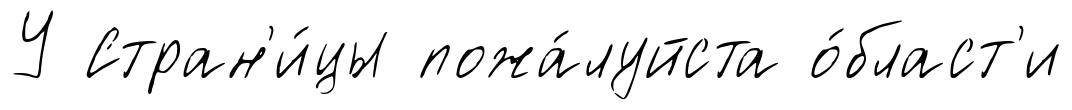
У Стран'и́цы пожа́луйста о́бласт'и